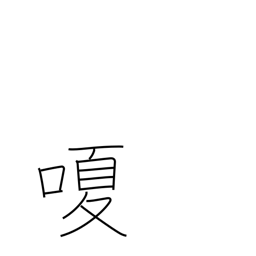
Meaning: hoarse